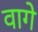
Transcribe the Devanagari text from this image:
वागे